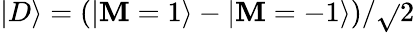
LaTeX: |D\rangle=(|\mathbf{M}=1\rangle-|\mathbf{M}=-1\rangle)/\sqrt{}{{2}}